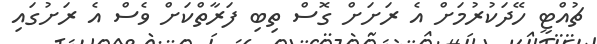
ޗުއްޓީ ހޭދަކުރުމަށް އެ ރަށަށް ގޮސް ތިބި ފަރާތްކަށް ވެސް އެ ރަށުގައި